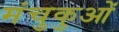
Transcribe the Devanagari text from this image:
मंचुकुओं